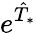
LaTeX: e^{\hat{T}_{*}}